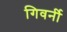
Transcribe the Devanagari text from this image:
गिवर्नी